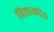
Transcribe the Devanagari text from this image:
विशाखदेव